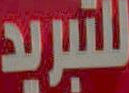
للتبريد